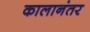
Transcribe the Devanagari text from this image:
कालानंतर